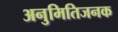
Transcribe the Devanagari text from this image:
अनुमितिजनक